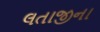
લતાજીના